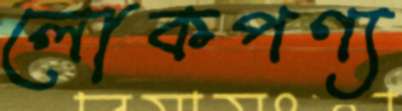
লোকপণ্য